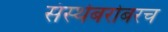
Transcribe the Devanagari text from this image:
संस्थेबरोबरच